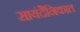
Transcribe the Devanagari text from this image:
सायंदैनिकात